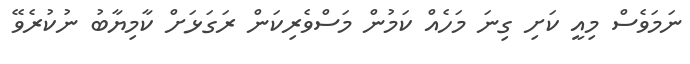
ނަމަވެސް މިއީ ކަށި ގިނަ މަހެއް ކަމުން މަސްވެރިކަން ރަގަޅަށް ކާމިޔާބު ނުކުރެވޭ